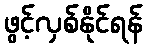
ဖွင့်လှစ်နိုင်ရန်